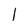
Character: 1